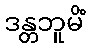
ဒန္တဘူမိံ